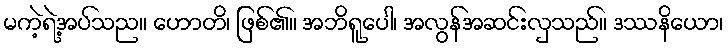
မကဲ့ရဲ့အပ်သည။ ဟောတိ၊ ဖြစ်၏။ အဘိရူပေါ၊ အလွန်အဆင်းလှသည်။ ဒဿနိယော၊